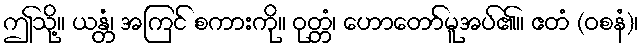
ဤသို့။ ယန္တံ၊ အကြင် စကားကို။ ဝုတ္တံ၊ ဟောတော်မူအပ်၏။ ဧတံ (ဝစနံ)၊